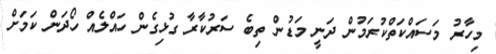
މިހާރު މަސައްކަތްކުރަމުން ދަނީ މަޑުން ތިބެ ސަރުކާރާ ގުޅިގެން ހައްލެއް ހޯދަން ކަމަށް